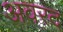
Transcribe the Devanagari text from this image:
अवरद